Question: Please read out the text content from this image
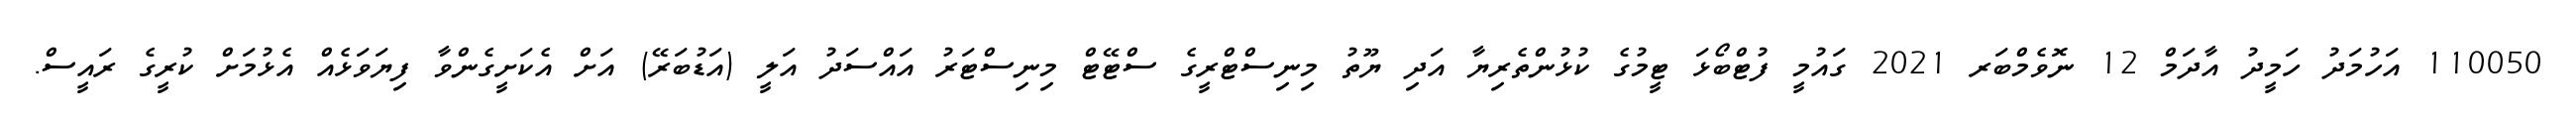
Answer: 110050 އަހުމަދު ހަމީދު އާދަމް 12 ނޮވެމްބަރ 2021 ގައުމީ ފުޓްބޯޅަ ޓީމުގެ ކުޅުންތެރިޔާ އަދި ޔޫތު މިނިސްޓްރީގެ ސްޓޭޓް މިނިސްޓަރު އައްސަދު އަލީ (އަޑުބަރޭ) އަށް އެކަށީގެންވާ ފިޔަވަޅެއް އެޅުމަށް ކުރީގެ ރައީސް.